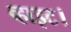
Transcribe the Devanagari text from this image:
व्हाइट।